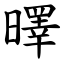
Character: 曎